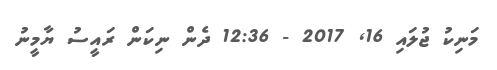
މަނިކު ޖުލައި 16